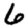
Digit: 6